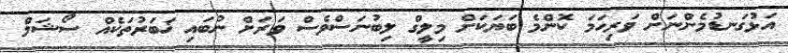
އަޅުގަނޑުމެންނަށް ވަރިހަމަ ކޮންމެ ބަޔަކަށް މިލީގް ލިބުނަސްވެސް ވަރަށް ނުބައި ޚަބަރުތަކެއް ސޯޝަލް